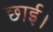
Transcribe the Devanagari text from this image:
छाई।